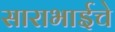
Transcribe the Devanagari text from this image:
साराभाईचे